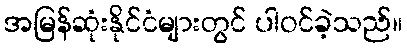
အမြန်ဆုံးနိုင်ငံများတွင် ပါဝင်ခဲ့သည်။